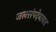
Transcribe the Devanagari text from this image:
जलसंपदेबाबत